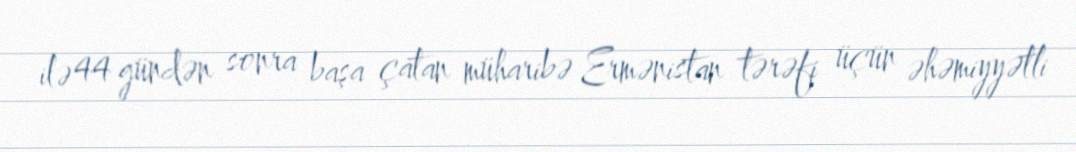
ilə 44 gündən sonra başa çatan müharibə Ermənistan tərəfi üçün əhəmiyyətli